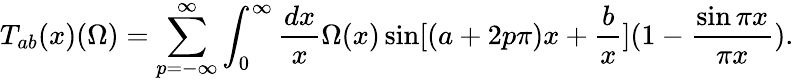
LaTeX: T_{ab}(x)(\Omega)=\sum_{p=-\infty}^{\infty}\int_{0}^{\infty}{\frac{dx}{x}}\Omega(x)\sin[(a+2p\pi)x+{\frac{b}{x}}](1-{\frac{\sin\pi x}{\pi x}}).